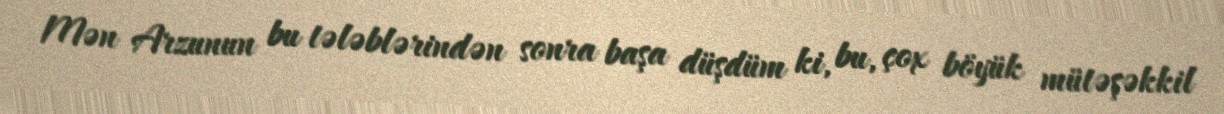
Mən Arzunun bu tələblərindən sonra başa düşdüm ki, bu, çox böyük mütəşəkkil